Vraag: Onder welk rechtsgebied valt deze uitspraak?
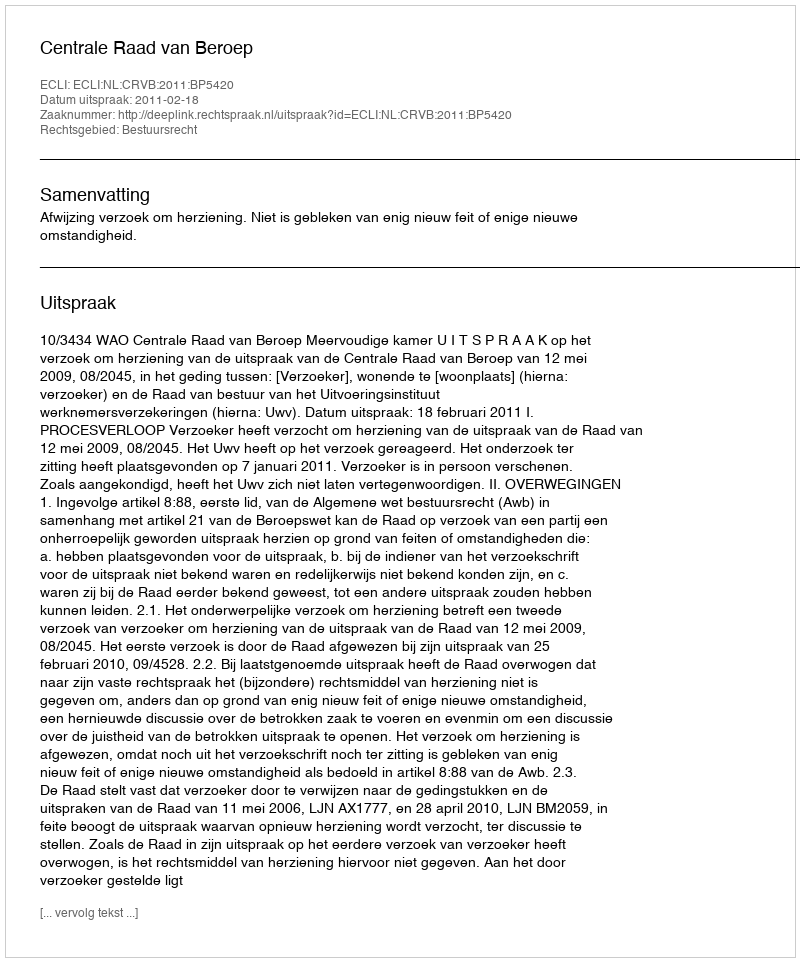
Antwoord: Bestuursrecht